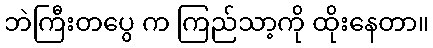
ဘဲကြီးတပွေ က ကြည်သာ့ကို ထိုးနေတာ။